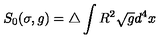
S _ { 0 } ( \sigma , g ) = \triangle \int R ^ { 2 } \sqrt { g } d ^ { 4 } x